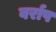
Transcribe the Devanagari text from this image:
वर्राप